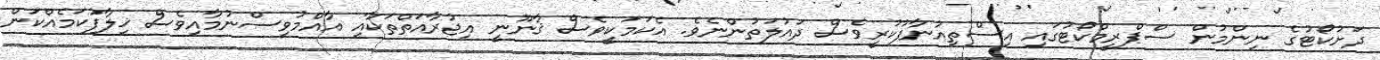
ދަށުކޯޓުގެ ނިންމުން ސްޕްރީމްކޯޓުގައި އިސްތިއުނާފުކުރީވެސް ދައުލަތުންނެވެ. އެކަމަކީވެސް ޤާނޫނީ އިޖުރާއަތްތަކާއި އާއްމުވިސްނުމާއިވެސް ޚިލާފުކަމެއްކަން